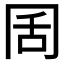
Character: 𭁦